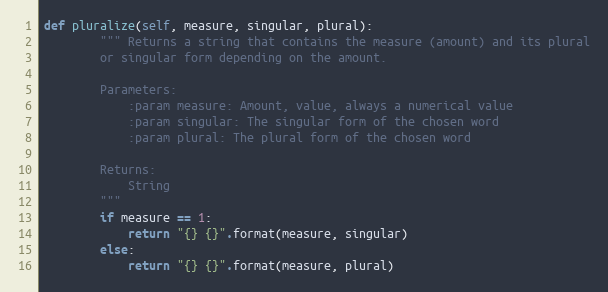
Language: Python
def pluralize(self, measure, singular, plural):
        """ Returns a string that contains the measure (amount) and its plural
        or singular form depending on the amount.

        Parameters:
            :param measure: Amount, value, always a numerical value
            :param singular: The singular form of the chosen word
            :param plural: The plural form of the chosen word

        Returns:
            String
        """
        if measure == 1:
            return "{} {}".format(measure, singular)
        else:
            return "{} {}".format(measure, plural)